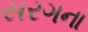
સરગના